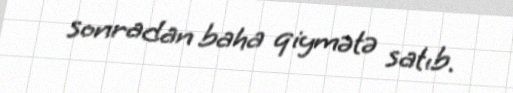
sonradan baha qiymətə satıb.